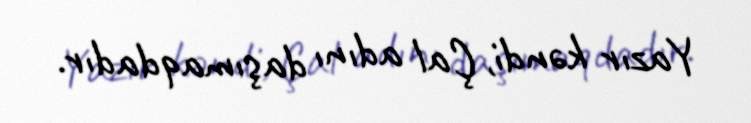
Yazır kəndi, Çal adını daşımaqdadır.